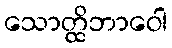
သောတ္ထိဘာဝေါ